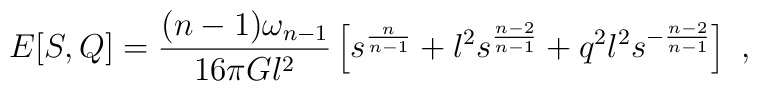
E[S,Q]={(n-1)\omega_{n-1}\over 16\pi G l^2}\left[ s^{n\over n-1}+ l^2 s^{n-2 \over n-1}+ q^2 l^2s^{-{n-2 \over n-1}}\right]\ ,